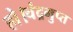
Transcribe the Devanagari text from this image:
हो।चंद्रगुप्त